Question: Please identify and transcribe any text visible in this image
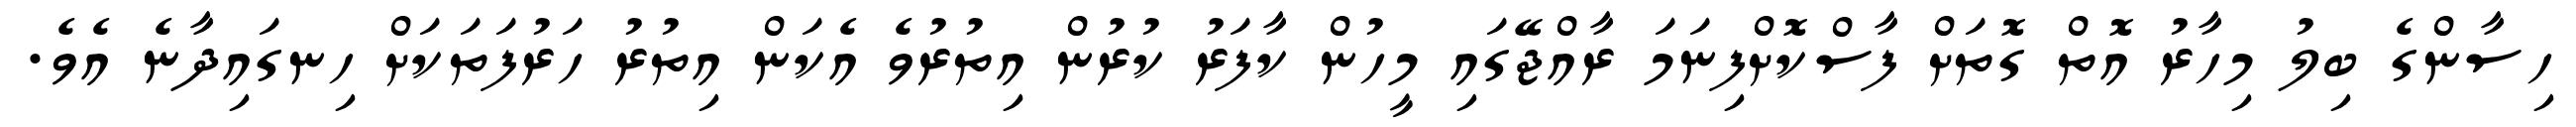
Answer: ހިސާންގެ ބިލު މިހާރު އޮތް ގޮތަށް ފާސްކޮށްފިނަމަ ރާއްޖޭގައި މީހުން ކާފަރު ކުރުން އިތުރުވެ އެކަން އިތުރު ހަރުފަތަކަށް ހިނގައިދާނެ އެވެ.